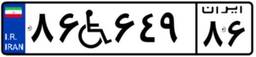
۸۶W۶۴۹۸۶